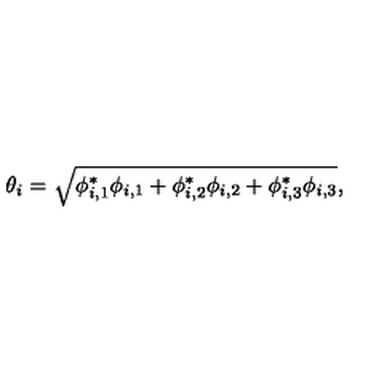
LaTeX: \theta _ { i } = \sqrt { \phi _ { i , 1 } ^ { * } \phi _ { i , 1 } + \phi _ { i , 2 } ^ { * } \phi _ { i , 2 } + \phi _ { i , 3 } ^ { * } \phi _ { i , 3 } } ,